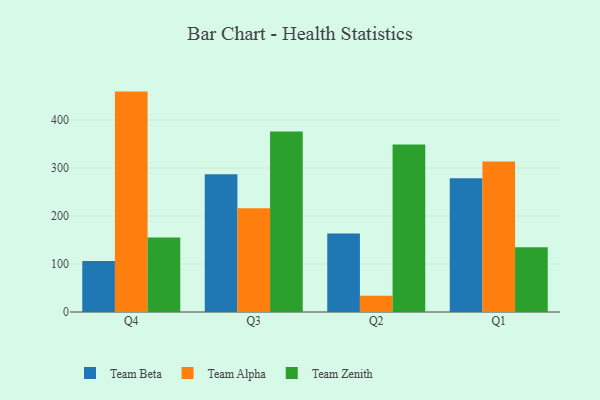
{"axis": {"x": "Quarter", "y": "Latency (ms)"}, "legend": ["Team Alpha", "Team Beta", "Team Zenith"], "data": [{"x": "Q4", "y": 106.1, "type": "Team Beta"}, {"x": "Q4", "y": 459.2, "type": "Team Alpha"}, {"x": "Q4", "y": 155.3, "type": "Team Zenith"}, {"x": "Q3", "y": 287.0, "type": "Team Beta"}, {"x": "Q3", "y": 216.2, "type": "Team Alpha"}, {"x": "Q3", "y": 376.2, "type": "Team Zenith"}, {"x": "Q2", "y": 163.7, "type": "Team Beta"}, {"x": "Q2", "y": 33.8, "type": "Team Alpha"}, {"x": "Q2", "y": 349.2, "type": "Team Zenith"}, {"x": "Q1", "y": 278.8, "type": "Team Beta"}, {"x": "Q1", "y": 313.7, "type": "Team Alpha"}, {"x": "Q1", "y": 134.8, "type": "Team Zenith"}]}